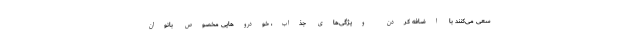
سعی می‌کنند با اضافه کردن ویژگی‌های جذاب، خودر‌وهایی مخصوص بانوان